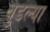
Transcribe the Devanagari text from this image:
बुडल्या